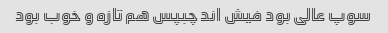
سوپ عالی بود فیش اند چبپس هم تازه و خوب بود